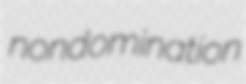
nondomination